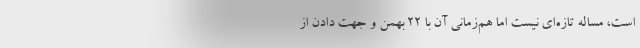
است، مساله تازه‌ای نیست اما هم‌زمانی آن با ۲۲ بهمن و جهت دادن از